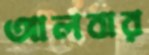
আলবার